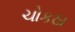
ચોકઠા